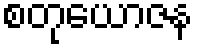
စတုယောဇန